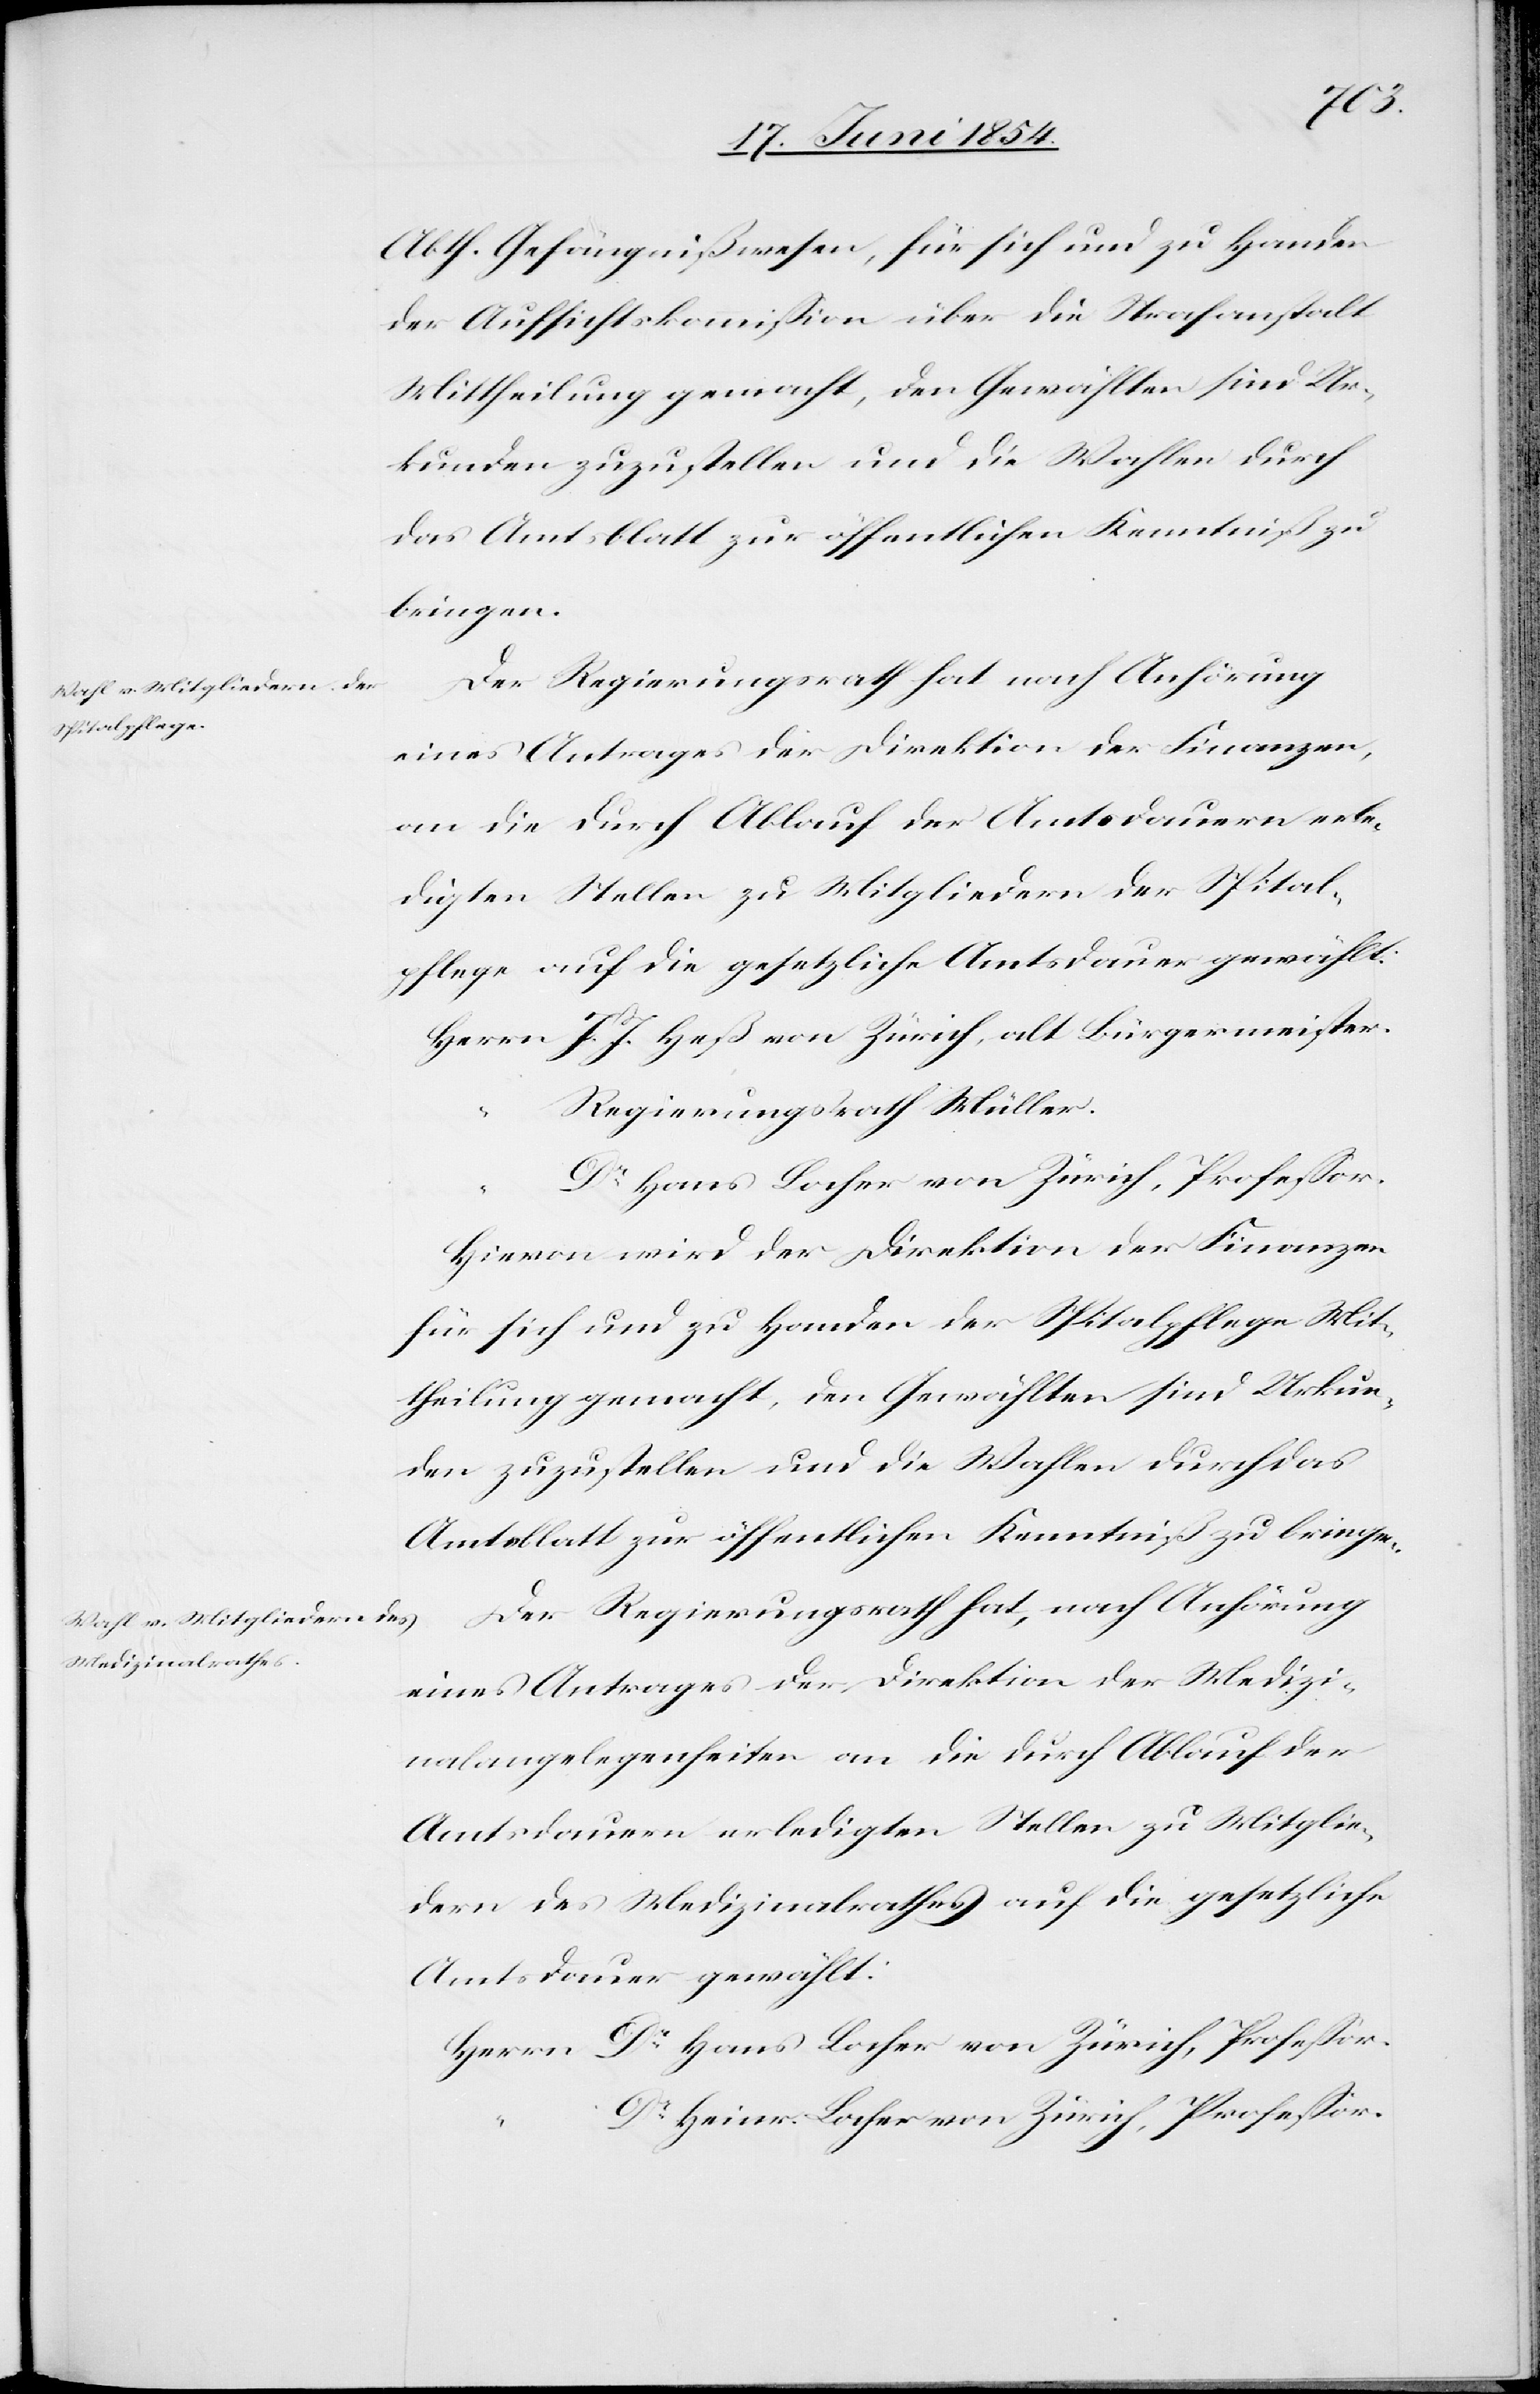
Abth. Gefängnißwesen, für sich und zu Handen
der Aufsichtskommißion über die Strafanstalt
Mittheilung gemacht, den Gewählten sind Ur¬
kunden zuzustellen und die Wahlen durch
das Amtsblatt zur öffentlichen Kenntniß zu
bringen.
Der Regierungsrath hat nach Anhörung
eines Antrages der Direktion der Finanzen,
an die durch Ablauf der Amtsdauern erle¬
digten Stellen zu Mitgliedern der Spital¬
pflege auf die gesetzliche Amtsdauer gewählt:
Regierungsrath Müller.
Dr Hans Locher von Zürich, Profeßor.
Hievon wird der Direktion der Finanzen
für sich und zu Handen der Spitalpflege Mit¬
theilung gemacht, den Gewählten sind Urkun¬
den zuzustellen und die Wahlen durch das
Amtsblatt zur öffentlichen Kenntniß zu bringen.
Der Regierungsrath hat, nach Anhörung
eines Antrages der Direktion der Medizi¬
nalangelegenheiten an die durch Ablauf der
Amtsdauern erledigten Stellen zu Mitglie¬
dern des Medizinalrathes auf die gesetzliche
Amtsdauer gewählt:
Dr Heinr. Locher von Zürich, Profeßor.